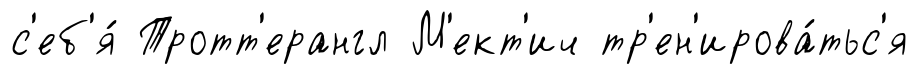
с'еб'я́ Тротт'ерангл М'ект'ич тр'ен'ирова́тьс'я